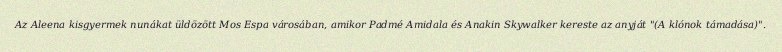
Az Aleena kisgyermek nunákat üldözött Mos Espa városában, amikor Padmé Amidala és Anakin Skywalker kereste az anyját "(A klónok támadása)".